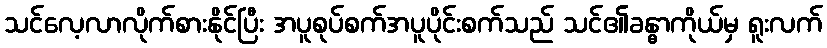
သင်လေ့လာလိုက်စားနိုင်ပြီး အပူစုပ်စက်အပူပိုင်းစက်သည် သင်၏ခန္ဓာကိုယ်မှ ရူးလက်